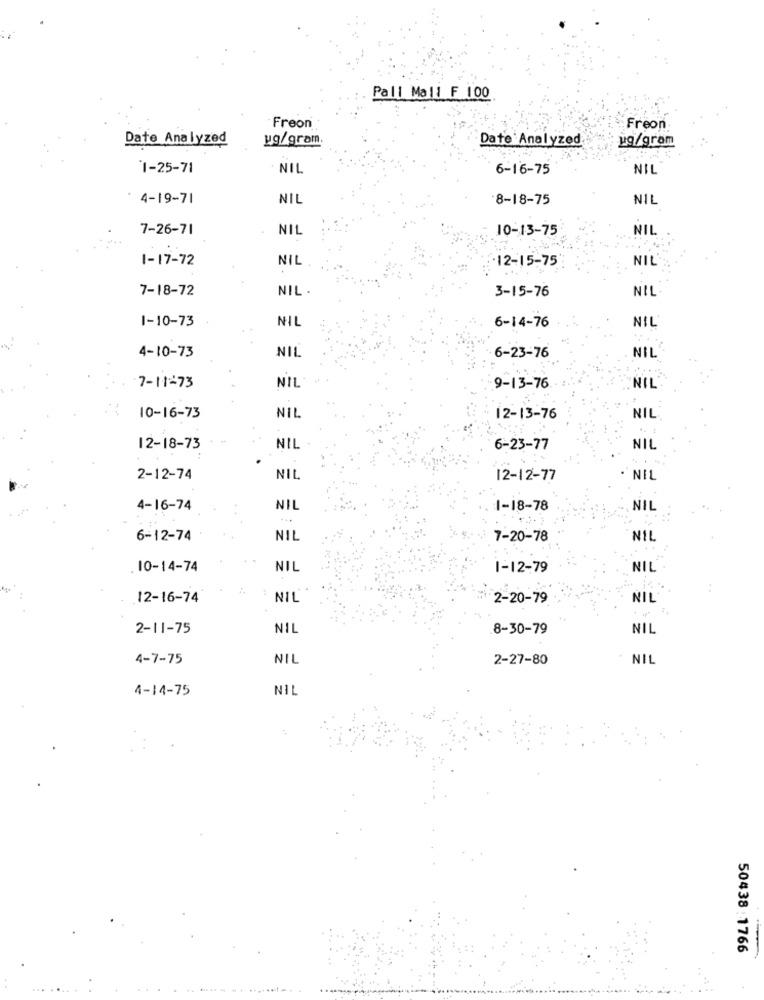
Pall Mall F 100
Freon
Freon
Date Analyzed
ug/gram
Date Analyzed
ug/grom
1-25-71
NIL
6-16-75
NIL
: 4-19-71
NIE
·8-18-75
NIL
7-26-71
NIL
10-13-75
NIL
1-17-72
NIL
12-15-75
NIL
7-18-72
NIL .
3-15-76
NIL
1-10-73
NIL
NIL
6-14-76
NIL
4-10-73
NIL
6-23-76
7-11-73
NIL
9-13-76.
NIL
NIL
10-16-73
12-13-76
NIL
12-18-73
NIL
6-23-77
NIL
2-12-74
NIL
12-12-77
NIL
4-16-74
NIL
1-18-78
NIL
6-12-74
NIL
7-20-78
NIL
. 10-14-74
NIL
1-12-79
NIL :
12-16-74
NIL
2-20-79
NIL
2-11-75
NIL
8-30-79
NIL
4-7-75
NIL
2-27-80
NIL
4-14-75
NIL
50438:1766
..
. ...